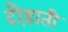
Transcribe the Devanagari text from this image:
दौड़ाती